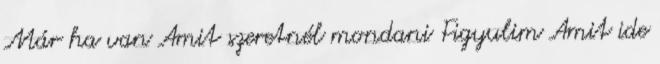
Már ha van Amit szeretnél mondani Figyulim Amit ide